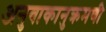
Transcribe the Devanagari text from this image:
अनुवाकानुक्रमणी